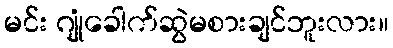
မင်း ဂျုံခေါက်ဆွဲမစားချင်ဘူးလား။